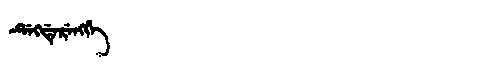
Manchu: ᡩᡝᡴᡩᡝᡵᡝᠩᡤᡝ
Romanization: DEKDERENGGE